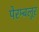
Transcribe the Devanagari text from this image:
पेरम्बलूर